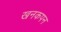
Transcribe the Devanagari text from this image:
खनकपन